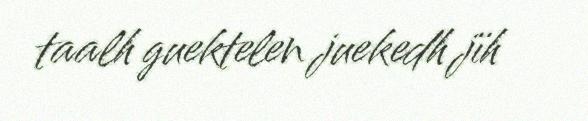
taalh guektelen juekedh jïh